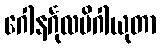
ဂေါနင်္ဂုလမိဂါယုတာ